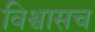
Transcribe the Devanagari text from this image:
विश्वासच